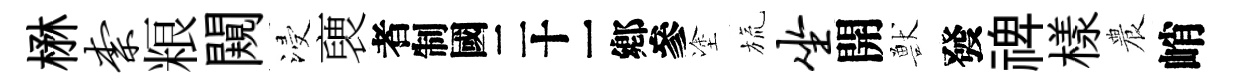
楙柰粮闚浸褏识塗旒坐開獸發禆樣農峭